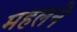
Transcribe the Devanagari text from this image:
महलने